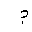
Letter: _mim